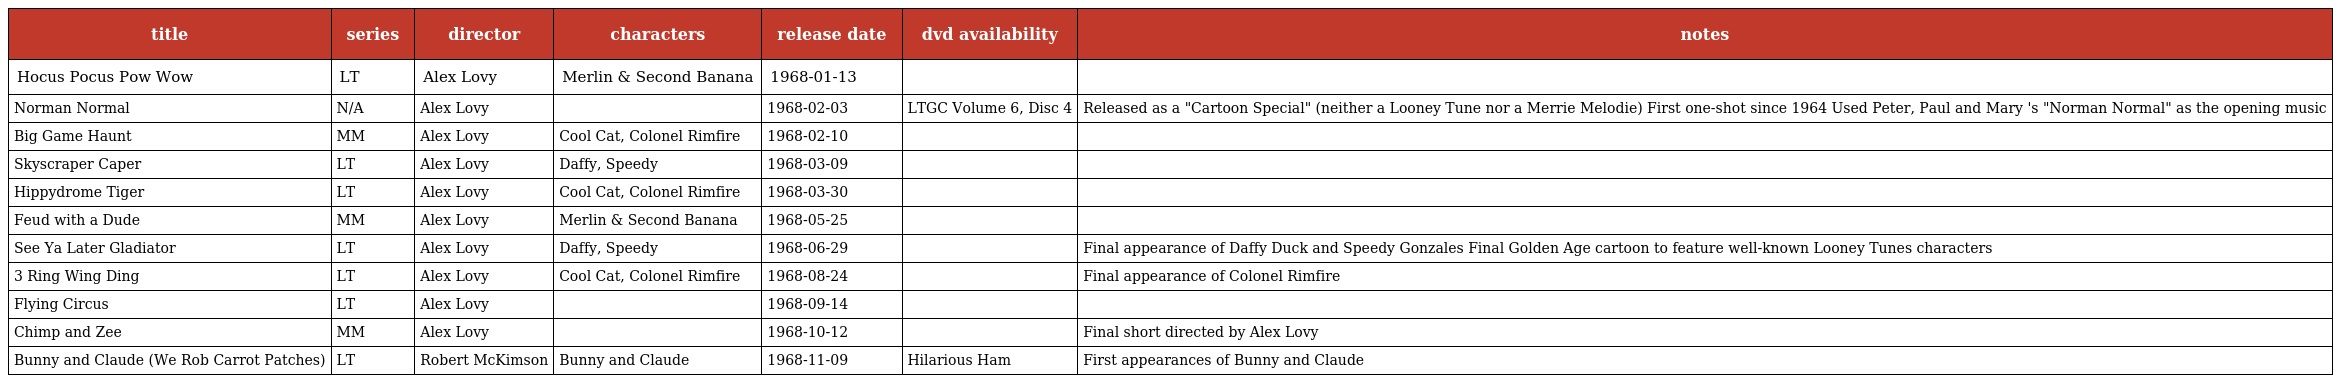
| title | series | director | characters | release date | dvd availability | notes |
 | --- | --- | --- | --- | --- | --- | --- |
 | Hocus Pocus Pow Wow | LT | Alex Lovy | Merlin & Second Banana | 1968-01-13 |  |  |
 | Norman Normal | N/A | Alex Lovy |  | 1968-02-03 | LTGC Volume 6, Disc 4 | Released as a "Cartoon Special" (neither a Looney Tune nor a Merrie Melodie) First one-shot since 1964 Used Peter, Paul and Mary 's "Norman Normal" as the opening music |
 | Big Game Haunt | MM | Alex Lovy | Cool Cat, Colonel Rimfire | 1968-02-10 |  |  |
 | Skyscraper Caper | LT | Alex Lovy | Daffy, Speedy | 1968-03-09 |  |  |
 | Hippydrome Tiger | LT | Alex Lovy | Cool Cat, Colonel Rimfire | 1968-03-30 |  |  |
 | Feud with a Dude | MM | Alex Lovy | Merlin & Second Banana | 1968-05-25 |  |  |
 | See Ya Later Gladiator | LT | Alex Lovy | Daffy, Speedy | 1968-06-29 |  | Final appearance of Daffy Duck and Speedy Gonzales Final Golden Age cartoon to feature well-known Looney Tunes characters |
 | 3 Ring Wing Ding | LT | Alex Lovy | Cool Cat, Colonel Rimfire | 1968-08-24 |  | Final appearance of Colonel Rimfire |
 | Flying Circus | LT | Alex Lovy |  | 1968-09-14 |  |  |
 | Chimp and Zee | MM | Alex Lovy |  | 1968-10-12 |  | Final short directed by Alex Lovy |
 | Bunny and Claude (We Rob Carrot Patches) | LT | Robert McKimson | Bunny and Claude | 1968-11-09 | Hilarious Ham | First appearances of Bunny and Claude |